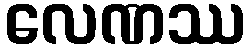
လေဏဿ